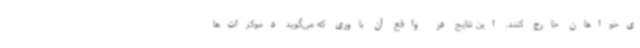
ی‌خواهان خارج کنند. این نتایج در واقع آن باوری که می‌گوید دموکرات‌ها